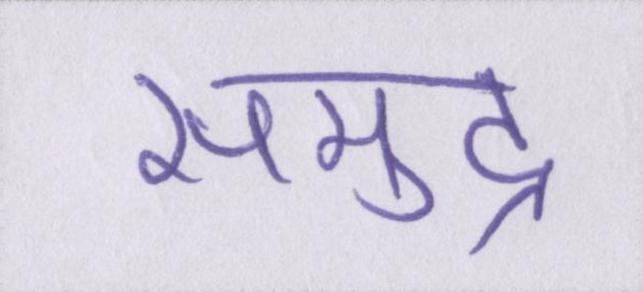
समुद्र